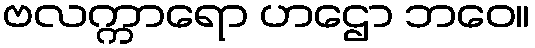
ဗလက္ကာရော ဟဌော ဘဝေ။